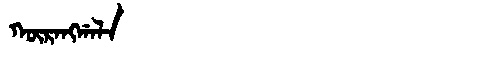
Manchu: ᡴᡡᡵᠠᠩᡤᠠᠯᠠ
Romanization: KŪRANGGALA